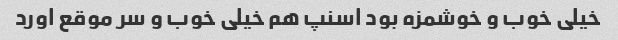
خیلی خوب و خوشمزه بود اسنپ هم خیلی خوب و سر موقع اورد